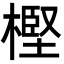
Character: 樫